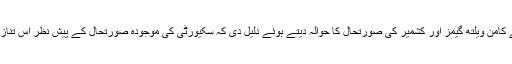
مفاد عامہ کے عرضی گزار کے وکیل نے کامن ویلتھ گیمز اور کشمیر کی صورتحال کا حوالہ دیتے ہوئے دلیل دی کہ سکیورٹی کی موجودہ صورتحال کے پیش نظر اس تنازعہ کا فیصلہ فی الحال موخر کر دیا جائے۔